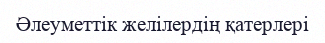
Әлеуметтік желілердің қатерлері